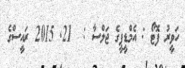
ހަވީރު ފޮޓޯ : އެމްޑީޕީގެ ޖަލްސާ :  21